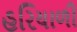
હરિયાળી